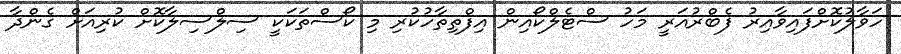
ހަވާލުކޮށްފައިވާއިރު ފެބްރުއަރީ މަހު ސްޓެލްކޯއިން އިފްތިތާހުކުރި މި ކޯސްތަކަކީ ސިލްސިލާކޮށް ކުރިއަށް ގެންދާ